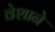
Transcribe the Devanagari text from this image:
वेशाने